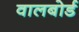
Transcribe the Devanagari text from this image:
वालबोर्ड